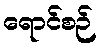
ရောင်စဉ်